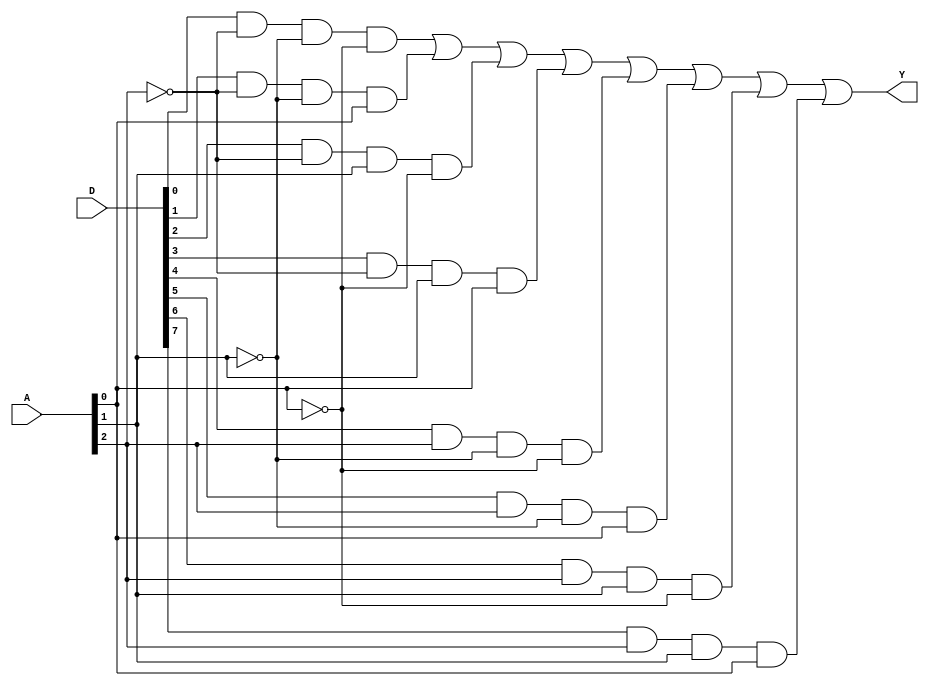
module mux81(Y,A,D);
	output Y;
	input[2:0] A;
	input[7:0] D;
	wire[7:0] T;
	wire[2:0] NA;
	
	not
	(NA[0],A[0]),
	(NA[1],A[1]),
	(NA[2],A[2]);
	
	and
	(T[0],D[0],NA[2],NA[1],NA[0]),
	(T[1],D[1],NA[2],NA[1],A[0]),
	(T[2],D[2],NA[2],A[1],NA[0]),
	(T[3],D[3],NA[2],A[1],A[0]),
	(T[4],D[4],A[2],NA[1],NA[0]),
	(T[5],D[5],A[2],NA[1],A[0]),
	(T[6],D[6],A[2],A[1],NA[0]),
	(T[7],D[7],A[2],A[1],A[0]);
	
	or
	(Y,T[0],T[1],T[2],T[3],T[4],T[5],T[6],T[7]);
endmodule